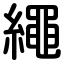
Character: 繩